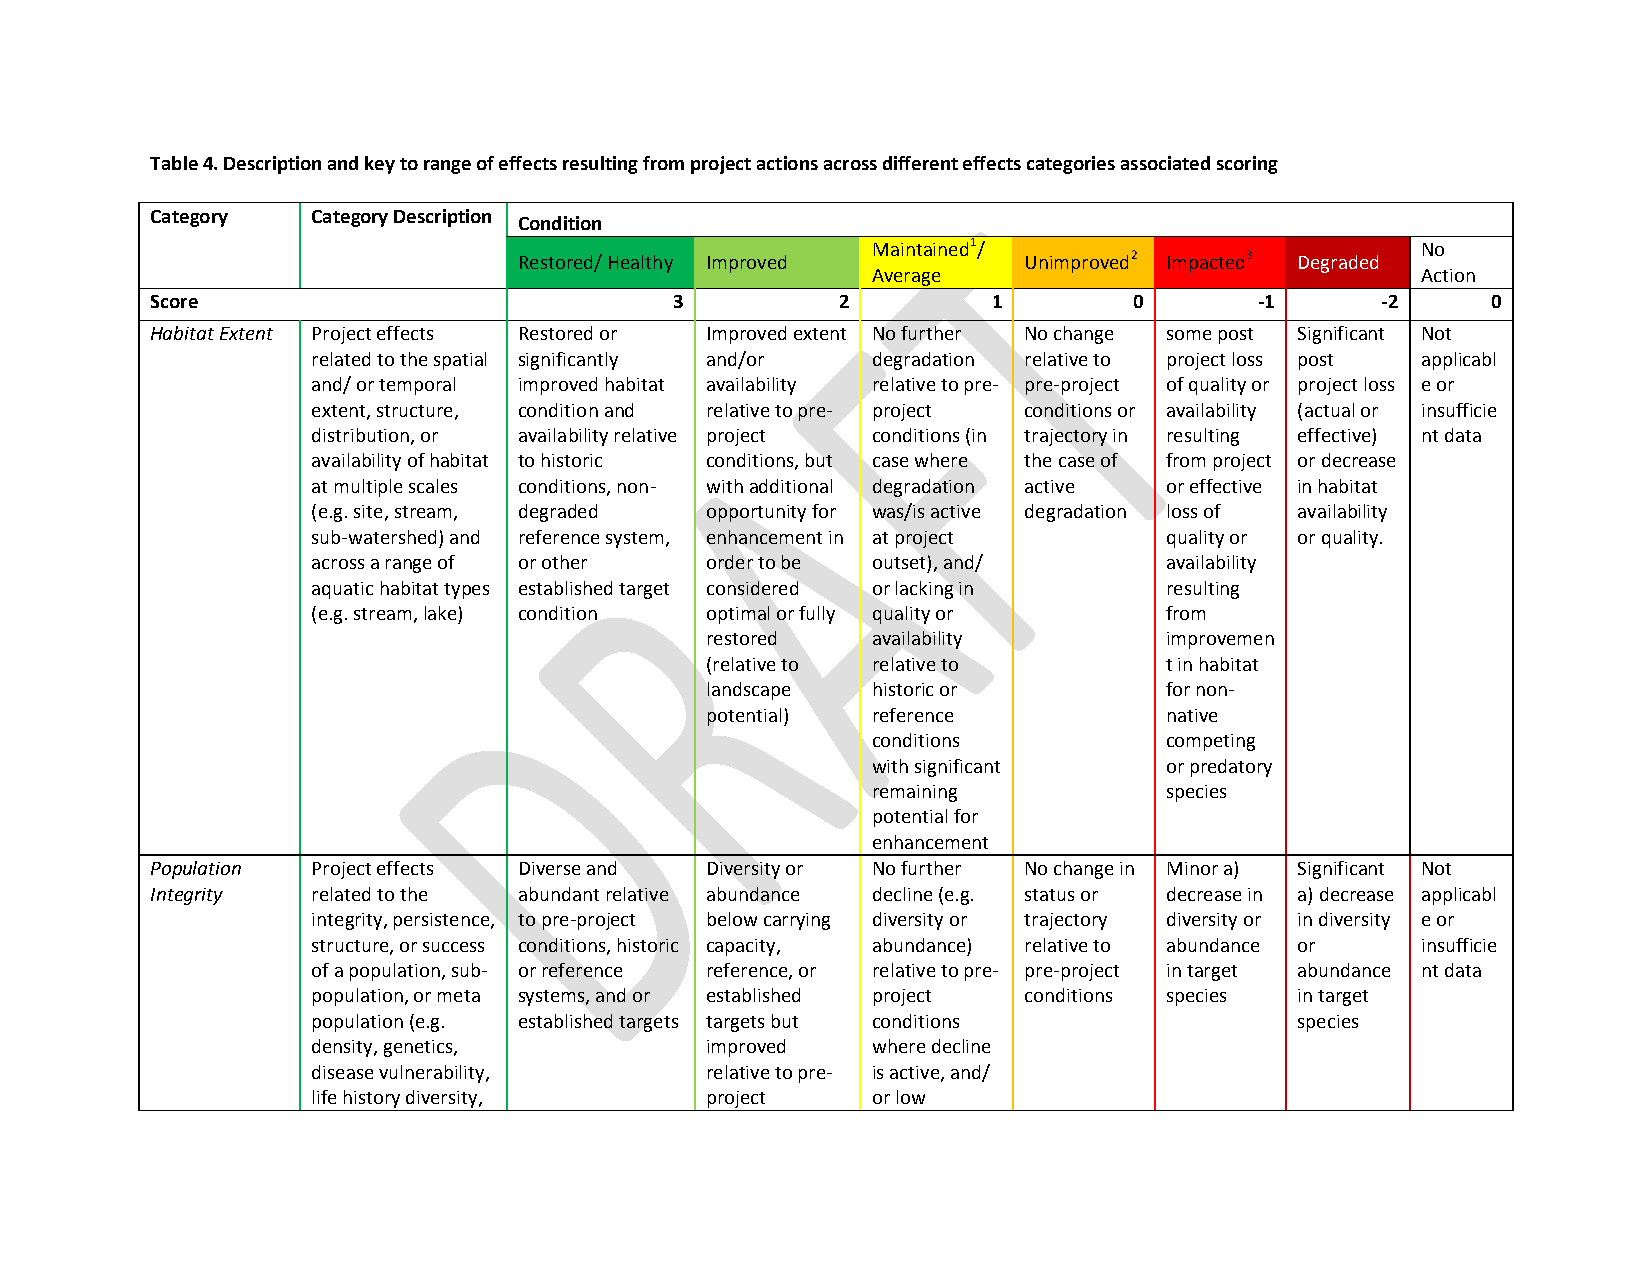
Table 4. Description and key to range of effects resulting from project actions across different effects categories associated scoring
 Category   Category Description
 Condition
 Maintained1/                        No
 Restored/ Healthy Improved        Unimproved2 Impacted3 Degraded
 Average                             Action
 Score                              3         2          1        0       -1      -2      0
 Habitat Extent Project effects Restored or Improved extent No further No change some post Significant Not
 related to the spatial significantly and/or degradation relative to project loss post applicabl
 and/ or temporal improved habitat availability relative to pre- pre-project of quality or project loss e or
 extent, structure, condition and relative to pre- project conditions or availability (actual or insufficie
 distribution, or availability relative project conditions (in trajectory in resulting effective) nt data
 availability of habitat to historic conditions, but case where the case of from project or decrease
 at multiple scales conditions, non- with additional degradation active or effective in habitat
 (e.g. site, stream, degraded opportunity for was/is active degradation loss of availability
 sub-watershed) and reference system, enhancement in at project quality or or quality.
 across a range of or other order to be outset), and/    availability
 aquatic habitat types established target considered or lacking in resulting
 (e.g. stream, lake) condition optimal or fully quality or from
 restored   availability       improvemen
 (relative to relative to      t in habitat
 landscape  historic or        for non-
 potential) reference          native
 conditions         competing
 with significant   or predatory
 remaining          species
 potential for
 enhancement
 Population Project effects Diverse and Diversity or No further No change in Minor a) Significant Not
 Integrity  related to the abundant relative abundance decline (e.g. status or decrease in a) decrease applicabl
 integrity, persistence, to pre-project below carrying diversity or trajectory diversity or in diversity e or
 structure, or success conditions, historic capacity, abundance) relative to abundance or insufficie
 of a population, sub- or reference reference, or relative to pre- pre-project in target abundance nt data
 population, or meta systems, and or established project conditions species in target
 population (e.g. established targets targets but conditions      species
 density, genetics,        improved   where decline
 disease vulnerability,    relative to pre- is active, and/
 life history diversity,   project    or low